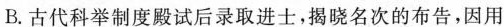
B. 古代科举制度殿试后录取进士，揭晓名次的布告，因用